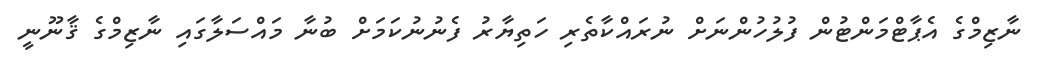
ނާޒިމްގެ އެޕާޓްމަންޓުން ފުލުހުންނަށް ނުރައްކާތެރި ހަތިޔާރު ފެނުނުކަމަށް ބުނާ މައްސަލާގައި ނާޒިމްގެ ޤާނޫނީ